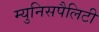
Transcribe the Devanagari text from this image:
म्युनिसपैलिटी